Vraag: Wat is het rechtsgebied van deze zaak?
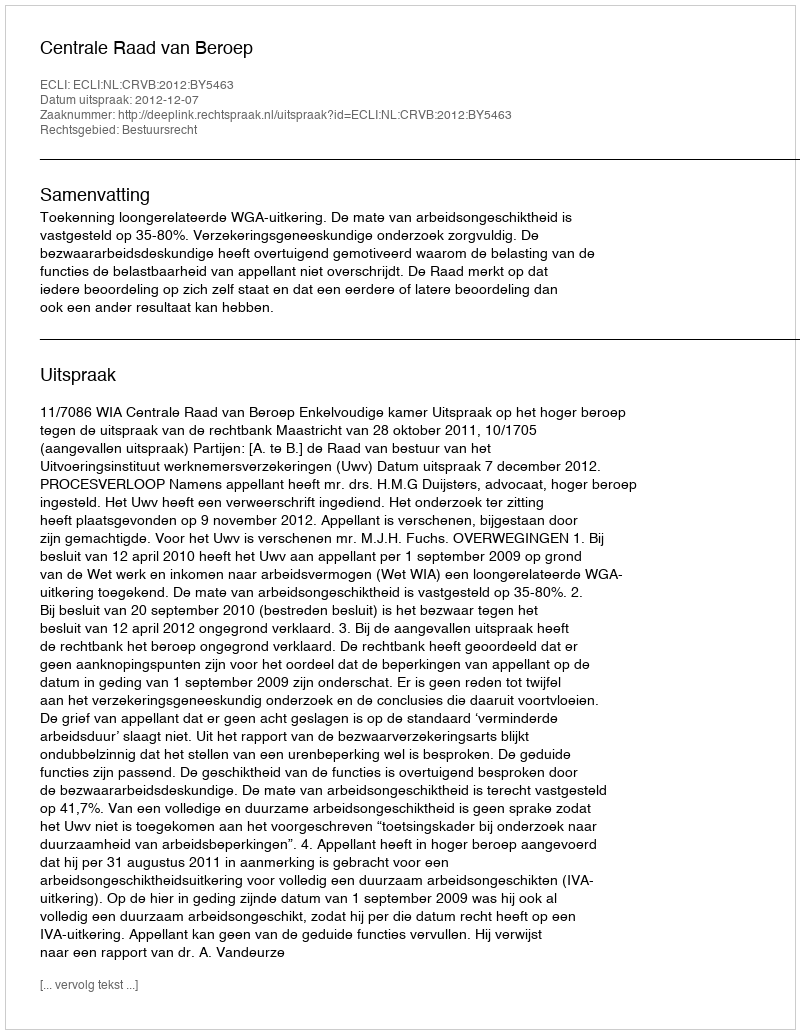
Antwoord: Bestuursrecht